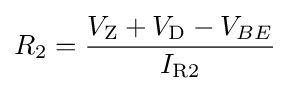
R_{2}={\frac {V_{\text{Z}}+V_{\text{D}}-V_{BE}}{I_{\text{R2}}}}